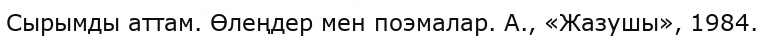
Сырымды аттам. Өлеңдер мен поэмалар. А., «Жазушы», 1984.